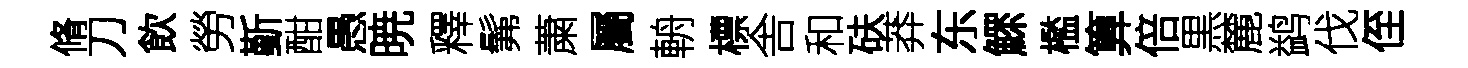
脩刀飲勞斳酣愚暁釋髴䔥屬輈標舎和砆莽东鰥檻算倍黒麓鹢伐侄